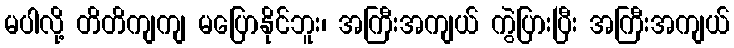
မပါလို့ တိတိကျကျ မပြောနိုင်ဘူး၊ အကြီးအကျယ် ကွဲပြားပြီး အကြီးအကျယ်